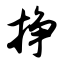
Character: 挣